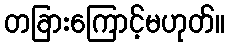
တခြားကြောင့်မဟုတ်။